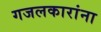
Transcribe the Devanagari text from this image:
गजलकारांना